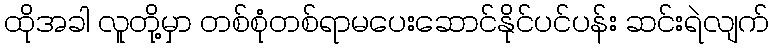
ထိုအခါ လူတို့မှာ တစ်စုံတစ်ရာမပေးဆောင်နိုင်ပင်ပန်း ဆင်းရဲလျက်